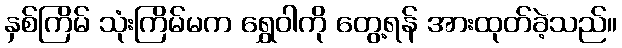
နှစ်ကြိမ် သုံးကြိမ်မက ရွှေဝါကို တွေ့ရန် အားထုတ်ခဲ့သည်။